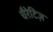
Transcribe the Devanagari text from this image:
चैरेटिज़